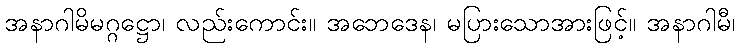
အနာဂါမိမဂ္ဂဋ္ဌော၊ လည်းကောင်း။ အဘေဒေန၊ မပြားသောအားဖြင့်။ အနာဂါမီ၊